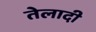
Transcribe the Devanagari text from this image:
तेलादी